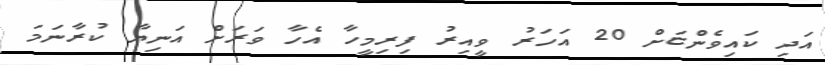
އަދި ކައިވެންޏަށް 20 އަހަރު ވީއިރު ފިރިމީހާ އެހާ ވަރަށް އަނިޔާ ކުރާނަމަ